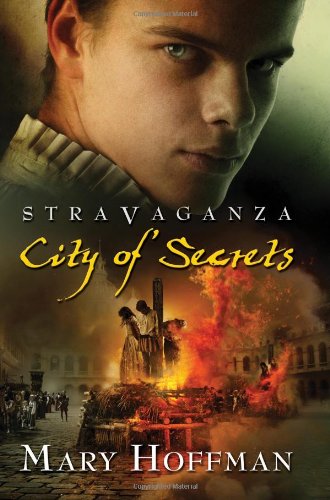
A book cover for Stravaganza: City of Secrets; Mary Hoffman; Teen & Young Adult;